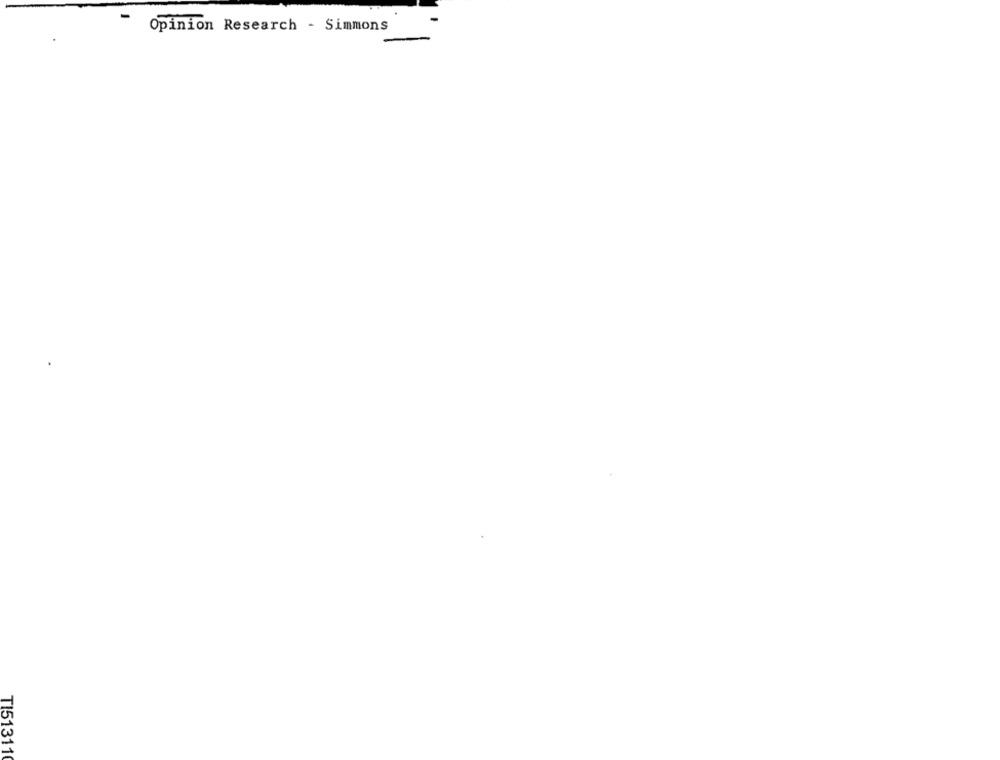
Opinion Research - Simmons
TI513110